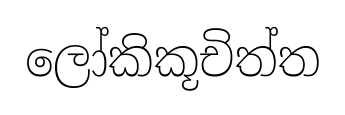
ලෝකිකූචිත්ත